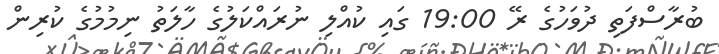
ބުރާސްފަތި ދުވަހުގެ ރޭ 19:00 ގައި ކުއްލި ނުރައްކަލުގެ ހާލަތު ނިމުމުގެ ކުރިން